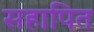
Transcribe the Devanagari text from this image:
सहापित